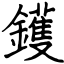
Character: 鑊